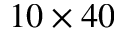
1 0 \times 4 0